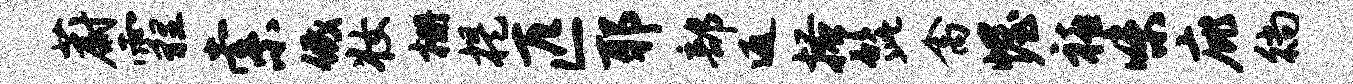
蔚霾索低妆栅提匹耶部返搔髭禽幄禧味庇徜